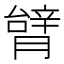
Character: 𦠋